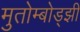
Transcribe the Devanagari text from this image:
मुतोम्बोड्झी